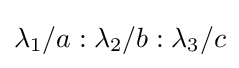
\lambda _{1}/a:\lambda _{2}/b:\lambda _{3}/c